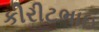
કીરીટભાઇ